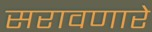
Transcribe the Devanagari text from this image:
सरावणारे